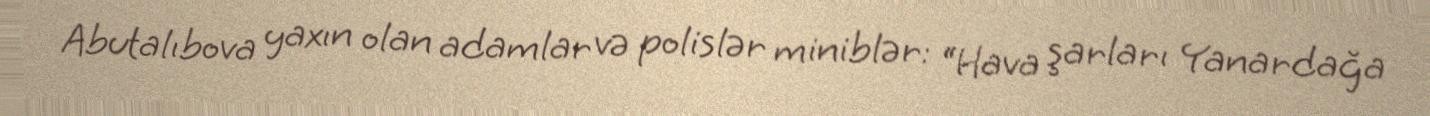
Abutalıbova yaxın olan adamlar və polislər miniblər: “Hava şarları Yanardağa